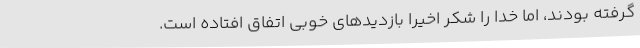
گرفته بودند، اما خدا را شکر اخیرا بازدیدهای خوبی اتفاق افتاده است.